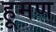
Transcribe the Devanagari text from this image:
हूमण